Indian journal of veterinary science and animal husbandry - Volume 7,
Year: 1937
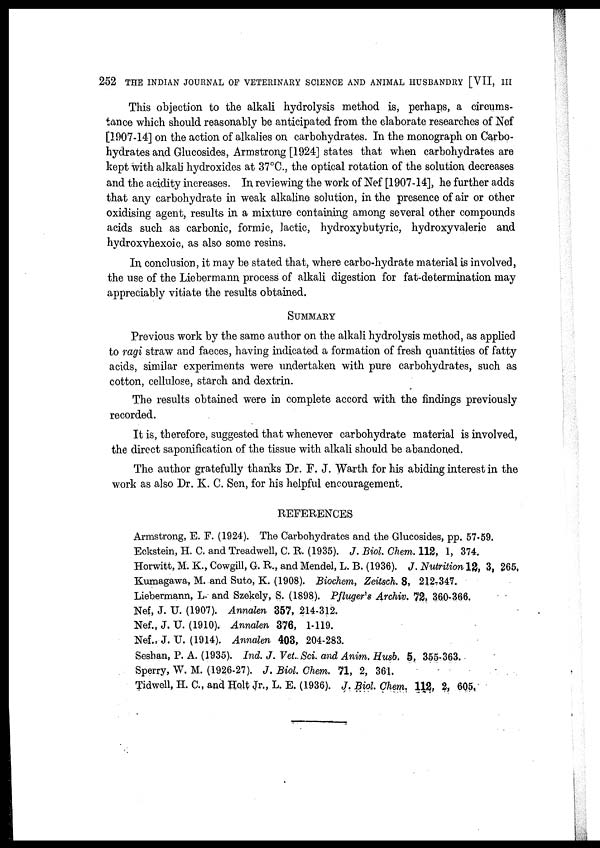
252 THE INDIAN JOURNAL OF VETERINARY SCIENCE AND ANIMAL HUSBANDRY [VII, III
This objection to the alkali hydrolysis method is, perhaps, a circums-
tance which should reasonably be anticipated from the elaborate researches of Nef
[1907-14] on the action of alkalies on carbohydrates. In the monograph on Carbo-
hydrates and Glucosides, Armstrong [1924] states that when carbohydrates are
kept with alkali hydroxides at 37°C., the optical rotation of the solution decreases
and the acidity increases. In reviewing the work of Nef [1907-14], he further adds
that any carbohydrate in weak alkaline solution, in the presence of air or other
oxidising agent, results in a mixture containing among several other compounds
acids such as carbonic, formic, lactic, hydroxybutyric, hydroxyvaleric and
hydroxyhexoic, as also some resins.
In conclusion, it may be stated that, where carbo-hydrate material is involved,
the use of the Liebermann process of alkali digestion for fat-determination may
appreciably vitiate the results obtained.
SUMMARY
Previous work by the same author on the alkali hydrolysis method, as applied
to ragi straw and faeces, having indicated a formation of fresh quantities of fatty
acids, similar experiments were undertaken with pure carbohydrates, such as
cotton, cellulose, starch and dextrin.
The results obtained were in complete accord with the findings previously
recorded.
It is, therefore, suggested that whenever carbohydrate material is involved,
the direct saponification of the tissue with alkali should be abandoned.
The author gratefully thanks Dr. F. J. Warth for his abiding interest in the
work as also Dr. K. C. Sen, for his helpful encouragement.
REFERENCES
Armstrong, E. F. (1924). The Carbohydrates and the Glucosides, pp. 57-59.
Eckstein, H. C. and Treadwell, C. R. (1935). J. Biol. Chem. 112, 1, 374.
Horwitt, M. K., Cowgill, G. R., and Mendel, L. B. (1936). J. Nutrition 12, 3, 265,
Kumagawa, M. and Suto, K. (1908). Biochem, Zeitsch. 8, 212-347.
Liebermann, L. and Szekely, S. (1898). Pfluger's Archiv. 72, 360-366.
Nef, J. U. (1907). Annalen 357, 214-312.
Nef., J. U. (1910). Annalen 376, 1-119.
Nef., J. U. (1914). Annalen 403, 204-283.
Seshan, P. A. (1935). Ind. J. Vet. Sci. and Anim. Husb. 5, 355-363.
Sperry, W. M. (1926-27). J. Biol. Chem. 71, 2, 361.
Tidwell, H. C., and Holt Jr., L. E. (1936). J. Biol. Chem. 112, 2, 605,